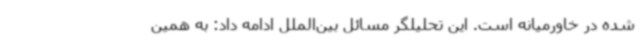
شده در خاورمیانه است. این تحلیلگر مسائل بین‌الملل ادامه داد: به همین